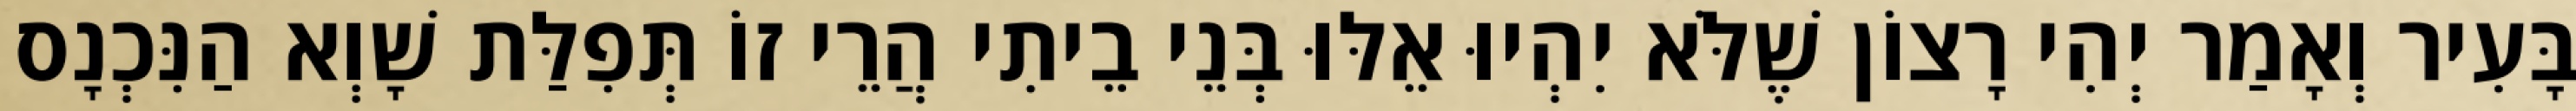
בָּעִיר וְאָמַר יְהִי רָצוֹן שֶׁלֹּא יִהְיוּ אֵלּוּ בְּנֵי בֵיתִי הֲרֵי זוֹ תְּפִלַּת שָׁוְא הַנִּכְנָס